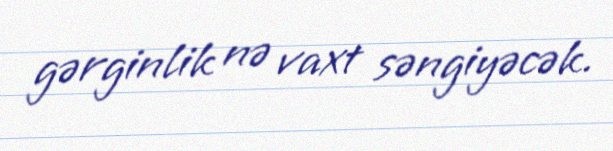
gərginlik nə vaxt səngiyəcək.